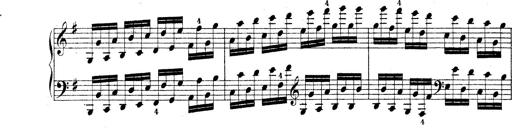
Title: Technische Studien
Composer: Franz Liszt